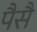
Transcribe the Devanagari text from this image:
पैसै